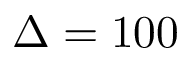
\Delta = 1 0 0